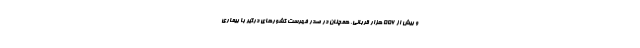
و بیش از ۵۵۶ هزار قربانی، همچنان در صدر فهرست کشورهای درگیر با بیماری